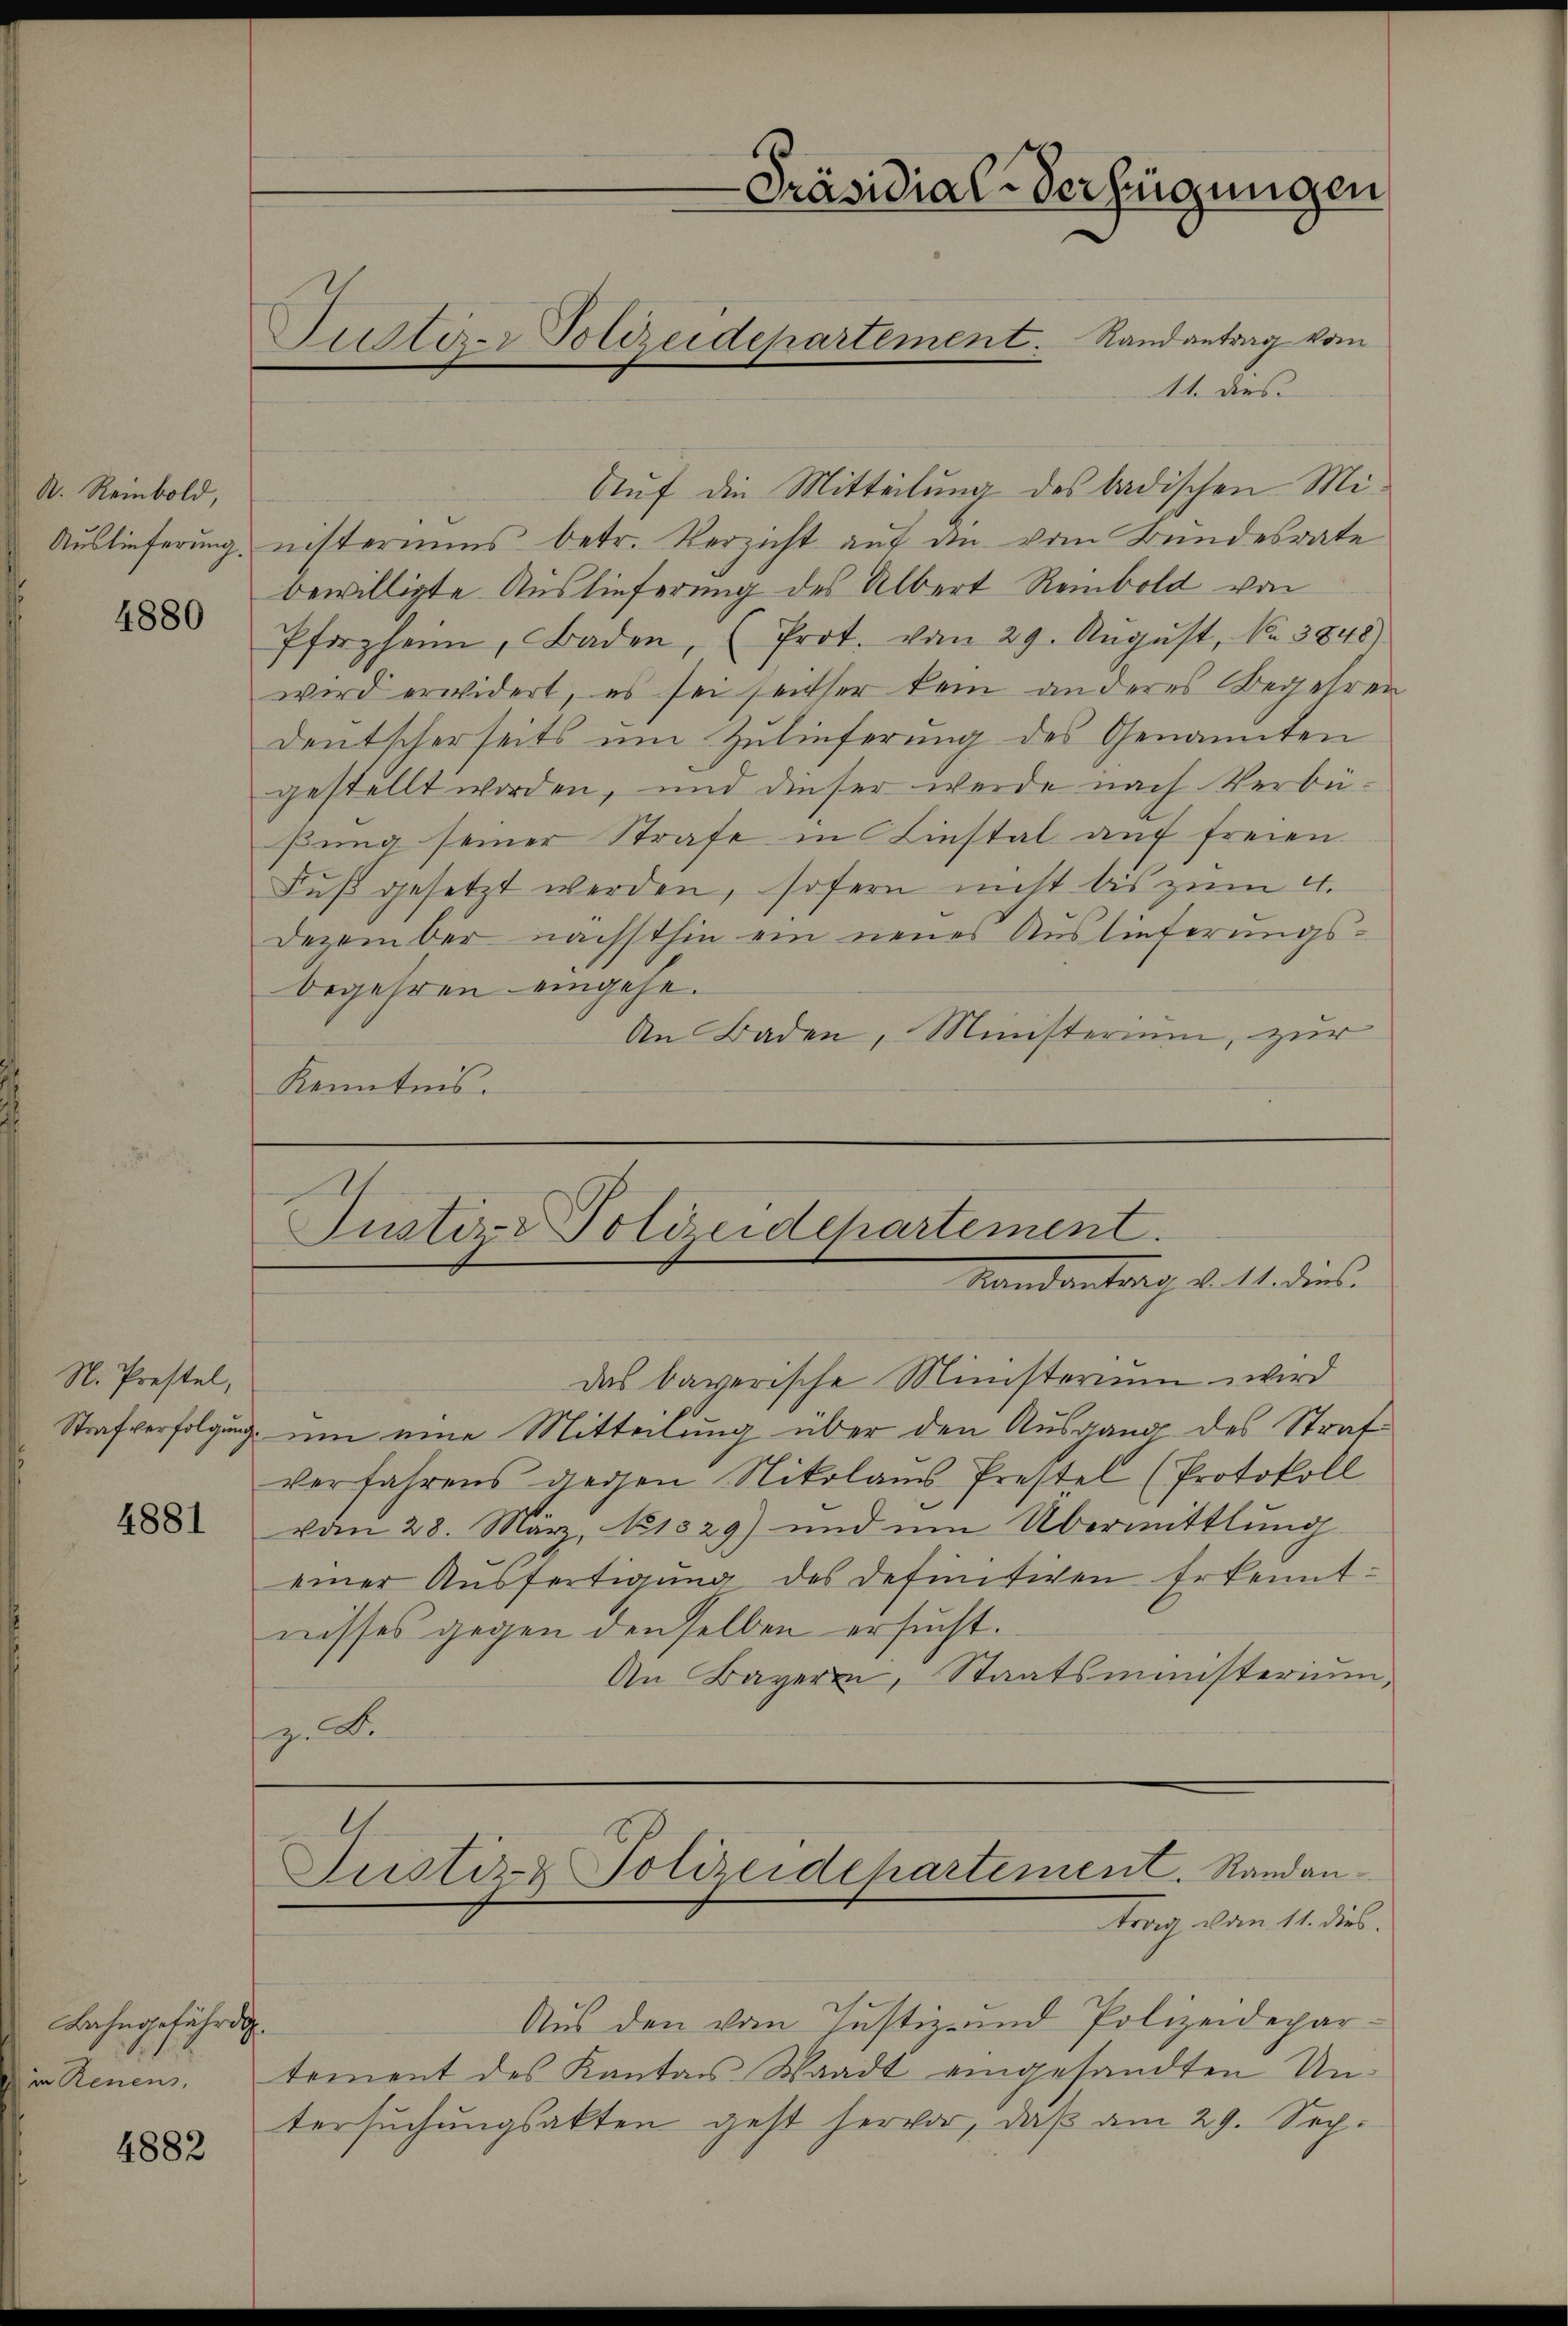
A. Reinbold,

4880

N. Prestel,

4881

Bahngefährd
in Renens,

4882

Präsidial-Verfügungen
Tullo- Polizeidepartement. Randantrag vom
11. dies

Auf die Mitteilung des badischen Mi¬
Auslieferung, nisteriums betr. Verzicht auf die vom Bundesrate
bewilligte Auslieferung des Albert Reinbold von
Pforzheim, Baden, (Prot. vom 29. Aŭgŭst No. 3848)
wird erwidert, es sei seither kein anderes Begehren
deutscherseits ŭm Zŭlieferung des Genannten
gestellt worden, und dieser werde nach Verbü-
ßung seiner Strafe in Liestal auf freien
Fuß gesetzt werden, sofern nicht bis zum 4.
Dezember nächsthin ein neues Auslieferungsbegehren eingehe.
An Baden, Ministerium, zur
Kenntnis.

Justiz- Polizeidepartement.
Mandantrag d. 11. dies

Das bayerische Ministerium wird
Strafverfolgung um eine Mitteilung über den Ausgang des Strafverfahrens gegen Nikolaus Prestel (Protokoll
vom 28. März, No 1329) und um Übermittlung
einer Ausfertigung des definitiven Erkenntnisses gegen den selben ersucht.
An Bayerin, Staatsministerium,
z. Dr.

Justiz- & Polizeidehartement. Standantrag von 11. dies

Aus den vom Justiz- und Polizeidepartement des Kanton Waadt eingesandten Untersuchungsakten geht hervor, daß am 29. Sep.